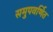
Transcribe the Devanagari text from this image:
समुपवर्णित